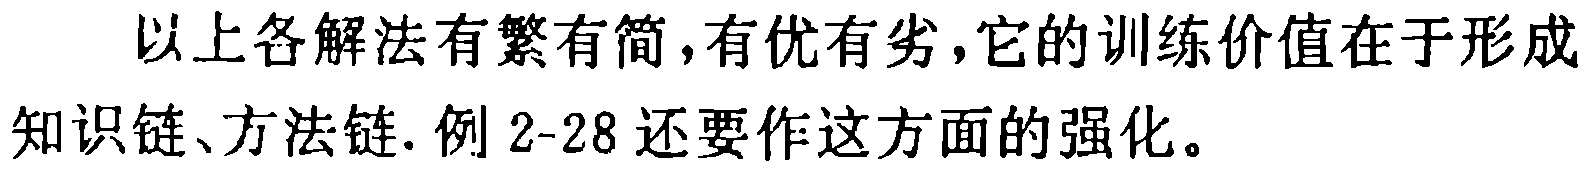
以上各解法有繁有简,有优有劣,它的训练价值在于形成知识链、方法链. 例 2-28 还要作这方面的强化。